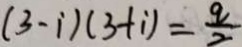
( 3 - i ) ( 3 + i ) = \frac { 9 } { 2 }